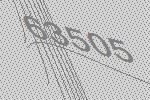
63505